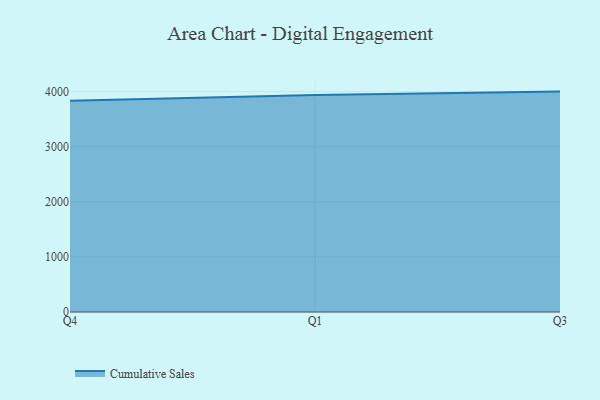
{"axis": {"x": "Quarter", "y": "Page Views"}, "legend": ["Cumulative Sales"], "data": [{"x": "Q4", "y": 3834.1, "type": "Cumulative Sales"}, {"x": "Q1", "y": 3937.4, "type": "Cumulative Sales"}, {"x": "Q3", "y": 4000.5, "type": "Cumulative Sales"}]}